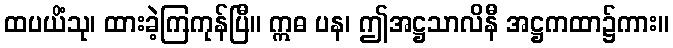
ထပယိံသု၊ ထားခဲ့ကြကုန်ပြီ။ ဣဓ ပန၊ ဤအဋ္ဌသာလိနီ အဋ္ဌကထာ၌ကား။